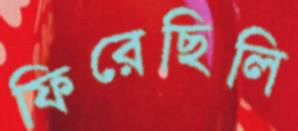
ফিরেছিলি